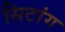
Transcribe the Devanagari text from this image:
सिटांग